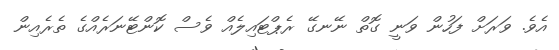
އެވެ. ވަރަށް ފަހުން ވަނީ ގޮތް ނޭނގޭ ރެޕްޓައިލެއް ވެސް ކޮންޓޭނަރެއްގެ ތެރެއިން